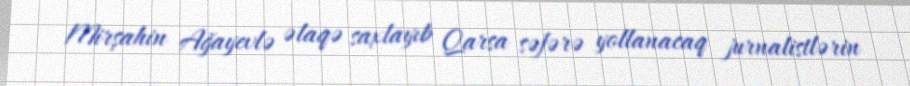
Mirşahin Ağayevlə əlaqə saxlayıb Qarsa səfərə yollanacaq jurnalistlərin